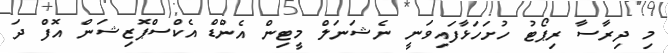
މި ދިރާސާ ރިޕޯޓު ހުށަހަޅާފައިވަނީ ނެޝަނަލް މީޓިން އެންޑް އެކްސްޕޮޒިޝަން އޮފް ދަ